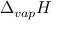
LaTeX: \Delta _ { v a p } H